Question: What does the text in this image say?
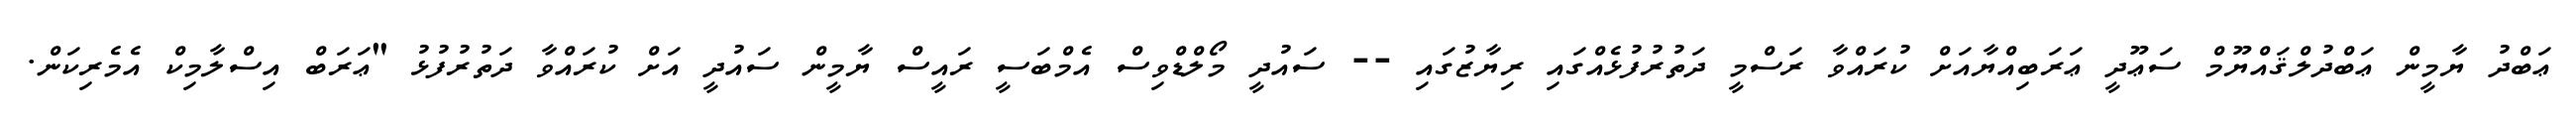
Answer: ޢަބްދު ޔާމީން ޢަބްދުލްޤައްޔޫމް ސަޢޫދީ ޢަރަބިއްޔާއަށް ކުރައްވާ ރަސްމީ ދަތުރުފުޅެއްގައި ރިޔާޒުގައި -- ސައުދީ މޯލްޑްވިސް އެމްބަސީ ރައީސް ޔާމީން ސައުދީ އަށް ކުރައްވާ ދަތުރުފުޅު "ޢަރަބް އިސްލާމިކް އެމެރިކަން.